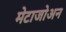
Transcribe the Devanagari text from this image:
मेटाजोअन